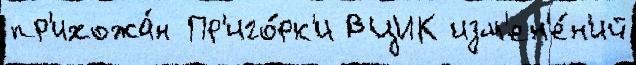
пр'ихожа́н Пр'иго́рк'и ВЦИК изм'ен'е́н'ий